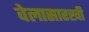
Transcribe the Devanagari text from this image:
वेलासारखी